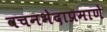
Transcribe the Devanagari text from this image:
वचनभेदाप्रमाणे